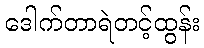
ဒေါက်တာရဲတင့်ထွန်း